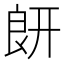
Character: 𦫍